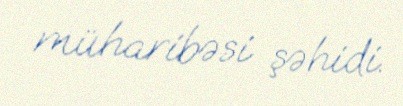
müharibəsi şəhidi.